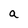
Character: a